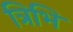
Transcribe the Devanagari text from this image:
त्रिभि